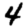
Digit: 4